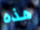
هذه